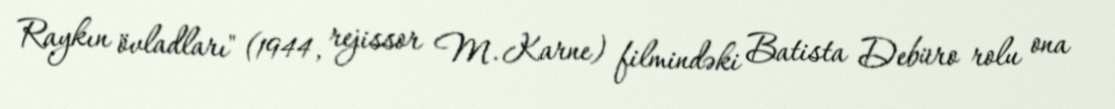
Raykın övladları" (1944, rejissor M. Karne) filmindəki Batista Debüro rolu ona